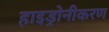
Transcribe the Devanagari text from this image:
हाइड्रोनीकरण